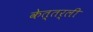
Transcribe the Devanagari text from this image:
केत्तर्ली